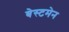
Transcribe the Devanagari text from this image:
बेस्टमेन